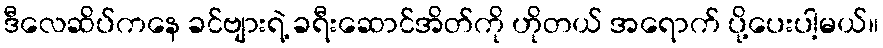
ဒီလေဆိပ်ကနေ ခင်ဗျားရဲ့ ခရီးဆောင်အိတ်ကို ဟိုတယ် အရောက် ပို့ပေးပါ့မယ်။